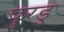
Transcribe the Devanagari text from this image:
पुरडु